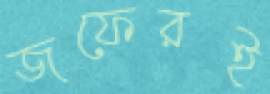
জফেরই